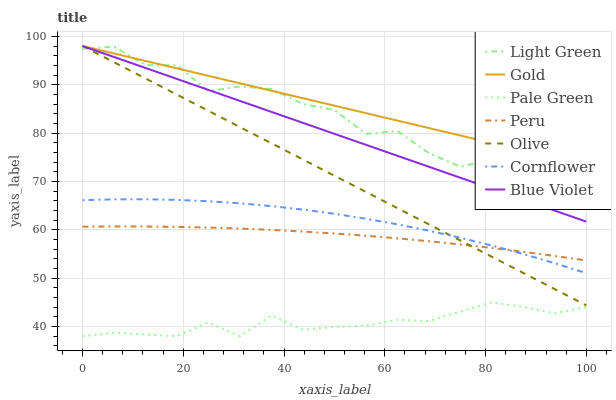
| xaxis_label | Light Green | Gold | Pale Green | Peru | Olive | Cornflower | Blue Violet |
 | --- | --- | --- | --- | --- | --- | --- | --- |
 | 0 | 97.4 | 98 | 38 | 60.6 | 98 | 66.1 | 98 |
 | 6.25 | 97.9 | 96.5 | 38.7 | 60.7 | 94.6 | 66.3 | 95.7 |
 | 12.5 | 94.1 | 94.9 | 38.4 | 60.7 | 91.3 | 66.3 | 93.5 |
 | 18.8 | 94 | 93.4 | 38 | 60.6 | 87.9 | 66.2 | 91.2 |
 | 25 | 88.7 | 91.8 | 40.9 | 60.5 | 84.6 | 65.9 | 88.9 |
 | 31.2 | 89.6 | 90.3 | 38 | 60.3 | 81.2 | 65.5 | 86.7 |
 | 37.5 | 89.1 | 88.8 | 42.3 | 60 | 77.9 | 64.9 | 84.4 |
 | 43.8 | 86 | 87.2 | 39.3 | 59.6 | 74.5 | 64.2 | 82.1 |
 | 50 | 84.8 | 85.7 | 40 | 59.2 | 71.2 | 63.3 | 79.8 |
 | 56.2 | 79.8 | 84.1 | 40.2 | 58.8 | 67.8 | 62.3 | 77.6 |
 | 62.5 | 80.4 | 82.6 | 41.4 | 58.2 | 64.5 | 61.1 | 75.3 |
 | 68.8 | 75.9 | 81 | 41.1 | 57.6 | 61.1 | 59.8 | 73 |
 | 75 | 73 | 79.5 | 43.1 | 57 | 57.8 | 58.4 | 70.8 |
 | 81.2 | 74.6 | 78 | 45 | 56.3 | 54.4 | 56.8 | 68.5 |
 | 87.5 | 68.1 | 76.4 | 44.1 | 55.5 | 51.1 | 55 | 66.2 |
 | 93.8 | 66.2 | 74.9 | 42.7 | 54.6 | 47.7 | 53.1 | 64 |
 | 100 | 67.1 | 73.3 | 44 | 53.7 | 44.4 | 51 | 61.7 |